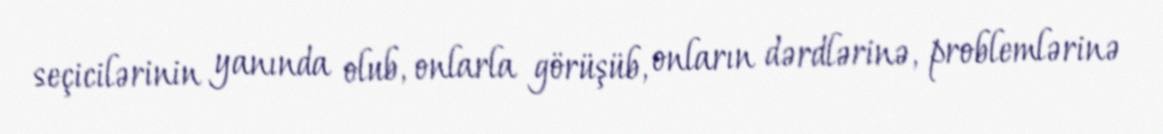
seçicilərinin yanında olub, onlarla görüşüb, onların dərdlərinə, problemlərinə